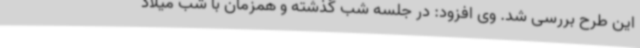
این طرح بررسی شد. وی افزود: در جلسه شب گذشته و همزمان با شب میلاد